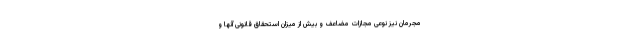
مجرمان نیز نوعی مجازات مضاعف و بیش از میزان استحقاق قانونی آنها و